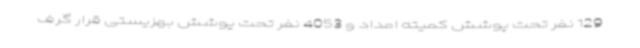
129 نفر تحت پوشش کمیته امداد و 4053 نفر تحت پوشش بهزیستی قرار گرف